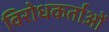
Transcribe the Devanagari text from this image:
विरोधकर्ताओं